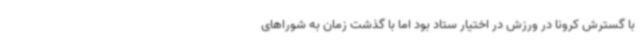
با گسترش کرونا در ورزش در اختیار ستاد بود اما با گذشت زمان به شوراهای